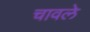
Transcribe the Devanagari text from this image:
चावले